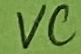
Text: VC